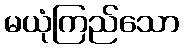
မယုံကြည်သော